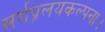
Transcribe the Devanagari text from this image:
सर्गप्रलयकल्पना।